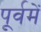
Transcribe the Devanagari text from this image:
पूर्वमें